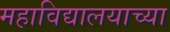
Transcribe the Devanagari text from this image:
महाविद्यालयाच्‍या